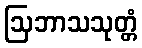
ဩဘာသသုတ္တံ